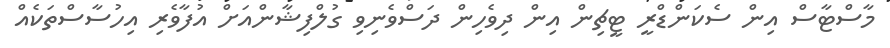
މާސްޓާސް އިން ސެކަންޑްރީ ޓީޗިން އިން ދިވެހިން ދަސްވެނިވި ގުލްފިޝާންއަށް އުފާވެރި އިހުސާސްތަކެއް